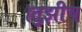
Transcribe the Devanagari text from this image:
।तुझीच